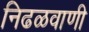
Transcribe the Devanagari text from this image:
निढळवाणी